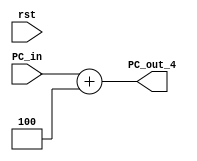
module Adder_4 (rst, PC_in, PC_out_4);

input rst;
input [31:0] PC_in;
output reg [31:0] PC_out_4;

initial begin 
PC_out_4 <= 32'b00000100;
end


always @ (PC_in) begin

if (rst) begin

PC_out_4 <= 32'b00000000;
end

PC_out_4 <= PC_in+32'b00000100;

end

endmodule